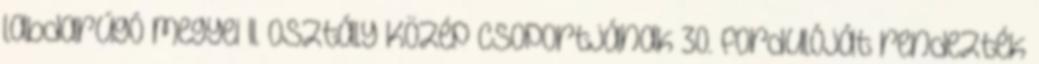
labdarúgó megyei II. osztály Közép csoportjának 30. fordulóját rendezték